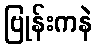
ဗြုန်းကနဲ